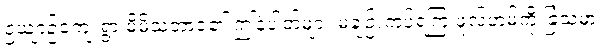
ဥယျာဉ်ကျေးရွာ မိမိသဘာဝ၏ ဤနံပါတ်များ မချဉ်းကပ်ရကြ ဖူလ်ဟမ်ကို ခြံသမား